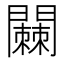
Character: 𬮓